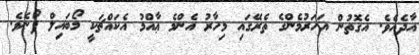
އާދެއެވެ. އެގޮތުން އަހަރުމެންގެ ތެރޭގައި މިހާރު އެންމެ ޢާއްމު އެކައްޗަކީ މޯބައިލް ފޯނެވެ.